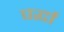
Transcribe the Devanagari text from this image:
पर्द्धा